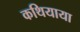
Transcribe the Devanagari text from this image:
कथियाया